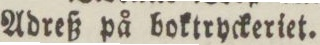
Adreß på boktryckeriet.